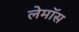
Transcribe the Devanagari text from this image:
लेमॉस